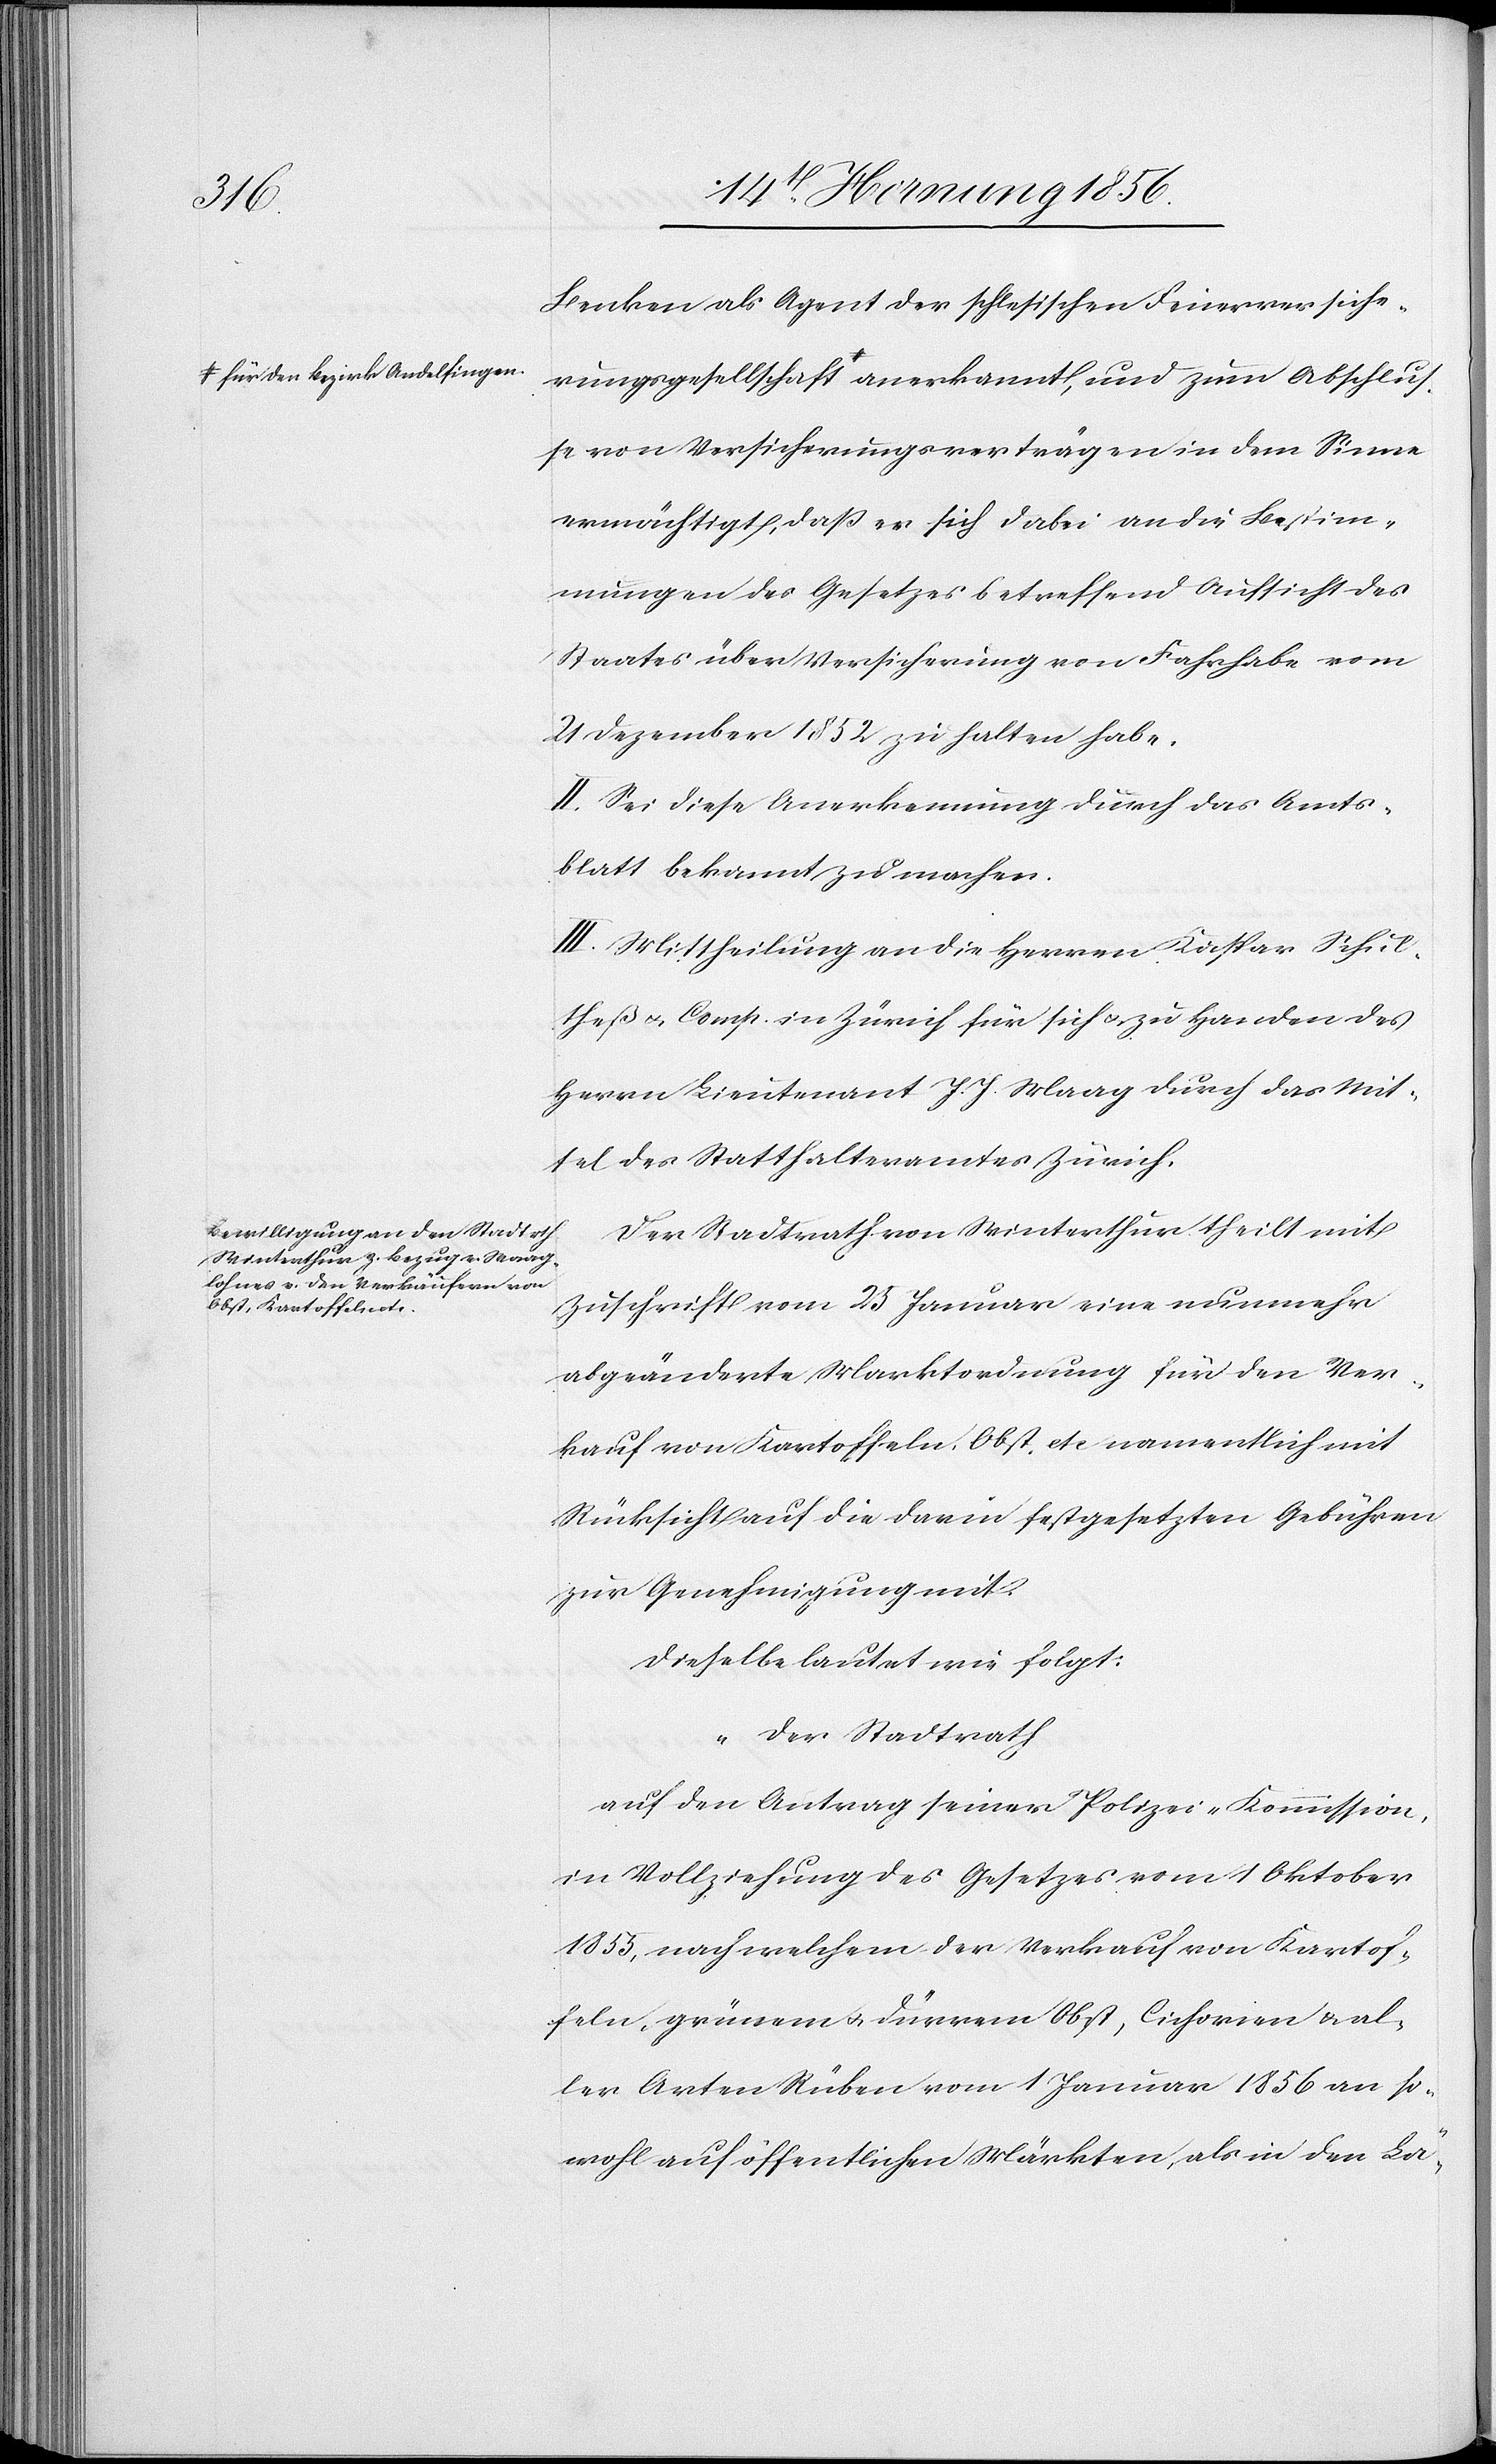
Benken als Agent der schlesischen Feuerversiche¬
rungsgesellschaft a-für den Bezirk Andelfingen-a anerkannt, und zum Abschlus¬
se von Versicherungsverträgen in dem Sinne
ermächtigt, daß er sich dabei an die Bestim¬
mungen des Gesetzes betreffend Aufsicht des
Staates über Versicherung von Fahrhabe vom
21 Dezember 1852 zu halten habe.
II. Sei diese Anerkennung durch das Amts¬
blatt bekannt zu machen.
III. Mittheilung an die Herren Kaspar Schul¬
theß u. Comp. in Zürich für sich u. zu Handen des
Herrn Lieutenant J. J. Maag durch das Mit¬
tel des Statthalteramtes Zürich.
Der Stadtrath von Winterthur theilt mit
Zuschrift vom 25 Januar eine nunmehr
abgeänderte Marktordnung für den Ver¬
kauf von Kartoffeln, Obst etc namentlich mit
Rücksicht auf die darin festgesetzten Gebühren
zur Genehmigung mit.
Dieselbe lautet wie folgt:
„Der Stadtrath
auf den Antrag seiner Polizei-Kommission,
in Vollziehung des Gesetzes vom 1 Oktober
1855, nach welchem der Verkauf von Kartof¬
feln, grünem u. dürrem Obst, Cichorien & al¬
ler Arten Rüben vom 1 Januar 1856 an so¬
wohl auf öffentlichen Märkten, als in den Lä-